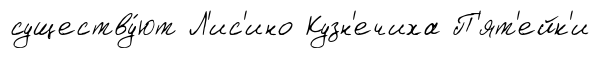
существу́ют Л'ис'ино Кузн'ечиха П'ят'ейк'и